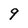
Character: 9